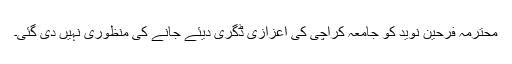
محترمہ فرحین نوید کو جامعہ کراچی کی اعزازی ڈگری دیئے جانے کی منظوری نہیں دی گئی۔